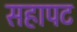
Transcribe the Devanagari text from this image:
सहापट